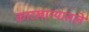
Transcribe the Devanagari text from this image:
कारखान्यातले